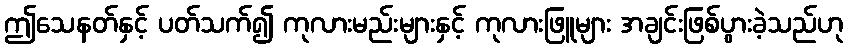
ဤသေနတ်နှင့် ပတ်သက်၍ ကုလားမည်းများနှင့် ကုလားဖြူများ အချင်းဖြစ်ပွားခဲ့သည်ဟု